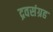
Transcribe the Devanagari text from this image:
द्रवसंग्रह